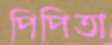
পিপিতা